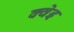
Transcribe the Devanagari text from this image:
क्वेइ